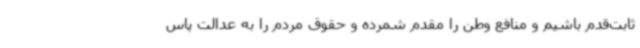
ثابت‌قدم باشیم و منافع وطن را مقدم شمرده و حقوق مردم را به عدالت پاس